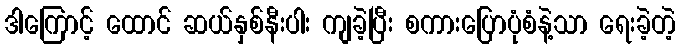
ဒါကြောင့် ထောင် ဆယ်နှစ်နီးပါး ကျခဲ့ပြီး စကားပြောပုံစံနဲ့သာ ရေးခဲ့တဲ့